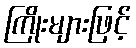
ကြိုးများဖြင့်